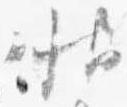
帖